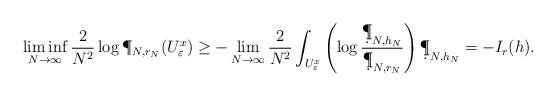
LaTeX: \begin{align*}\liminf_{N\to\infty} \frac{2}{N^2} \log\P_{N,r_N}(U_\varepsilon^x)\geq - \lim_{N\to\infty} \frac{2}{N^2} \int_{U_\varepsilon^x} \left(\log\frac{\d\P_{N,h_N}}{\d\P_{N,r_N}}\right) \d\P_{N,h_N}=-I_r(h).\end{align*}